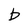
Character: b